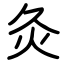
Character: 灸